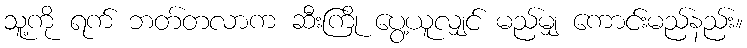
သူ့ကို ရက် ဘတ်တလာက ဆီးကြို ပွေ့ယူလျှင် မည်မျှ ကောင်းမည်နည်း။